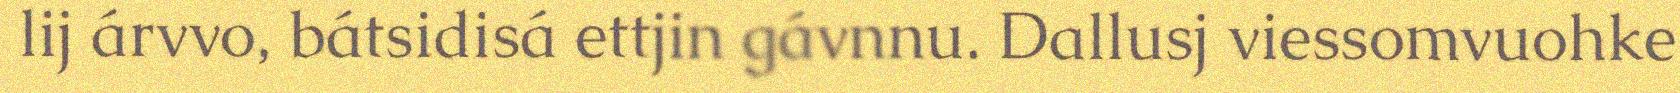
lij árvvo, bátsidisá ettjin gávnnu. Dallusj viessomvuohke